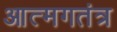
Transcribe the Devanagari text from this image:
आत्मगतंत्र